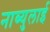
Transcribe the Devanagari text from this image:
नाब्युलाई